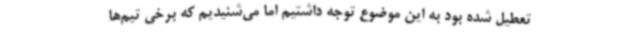
تعطیل شده بود به این موضوع توجه داشتیم اما می‌شنیدیم که برخی تیم‌ها